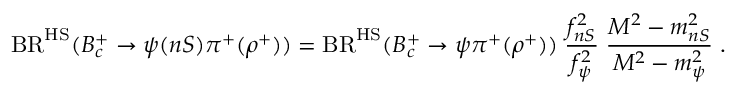
\mathrm { B R } ^ { \mathrm { H S } } ( B _ { c } ^ { + } \to \psi ( n S ) \pi ^ { + } ( \rho ^ { + } ) ) = \mathrm { B R } ^ { \mathrm { H S } } ( B _ { c } ^ { + } \to \psi \pi ^ { + } ( \rho ^ { + } ) ) \; \frac { f _ { n S } ^ { 2 } } { f _ { \psi } ^ { 2 } } \; \frac { M ^ { 2 } - m _ { n S } ^ { 2 } } { M ^ { 2 } - m _ { \psi } ^ { 2 } } \; .